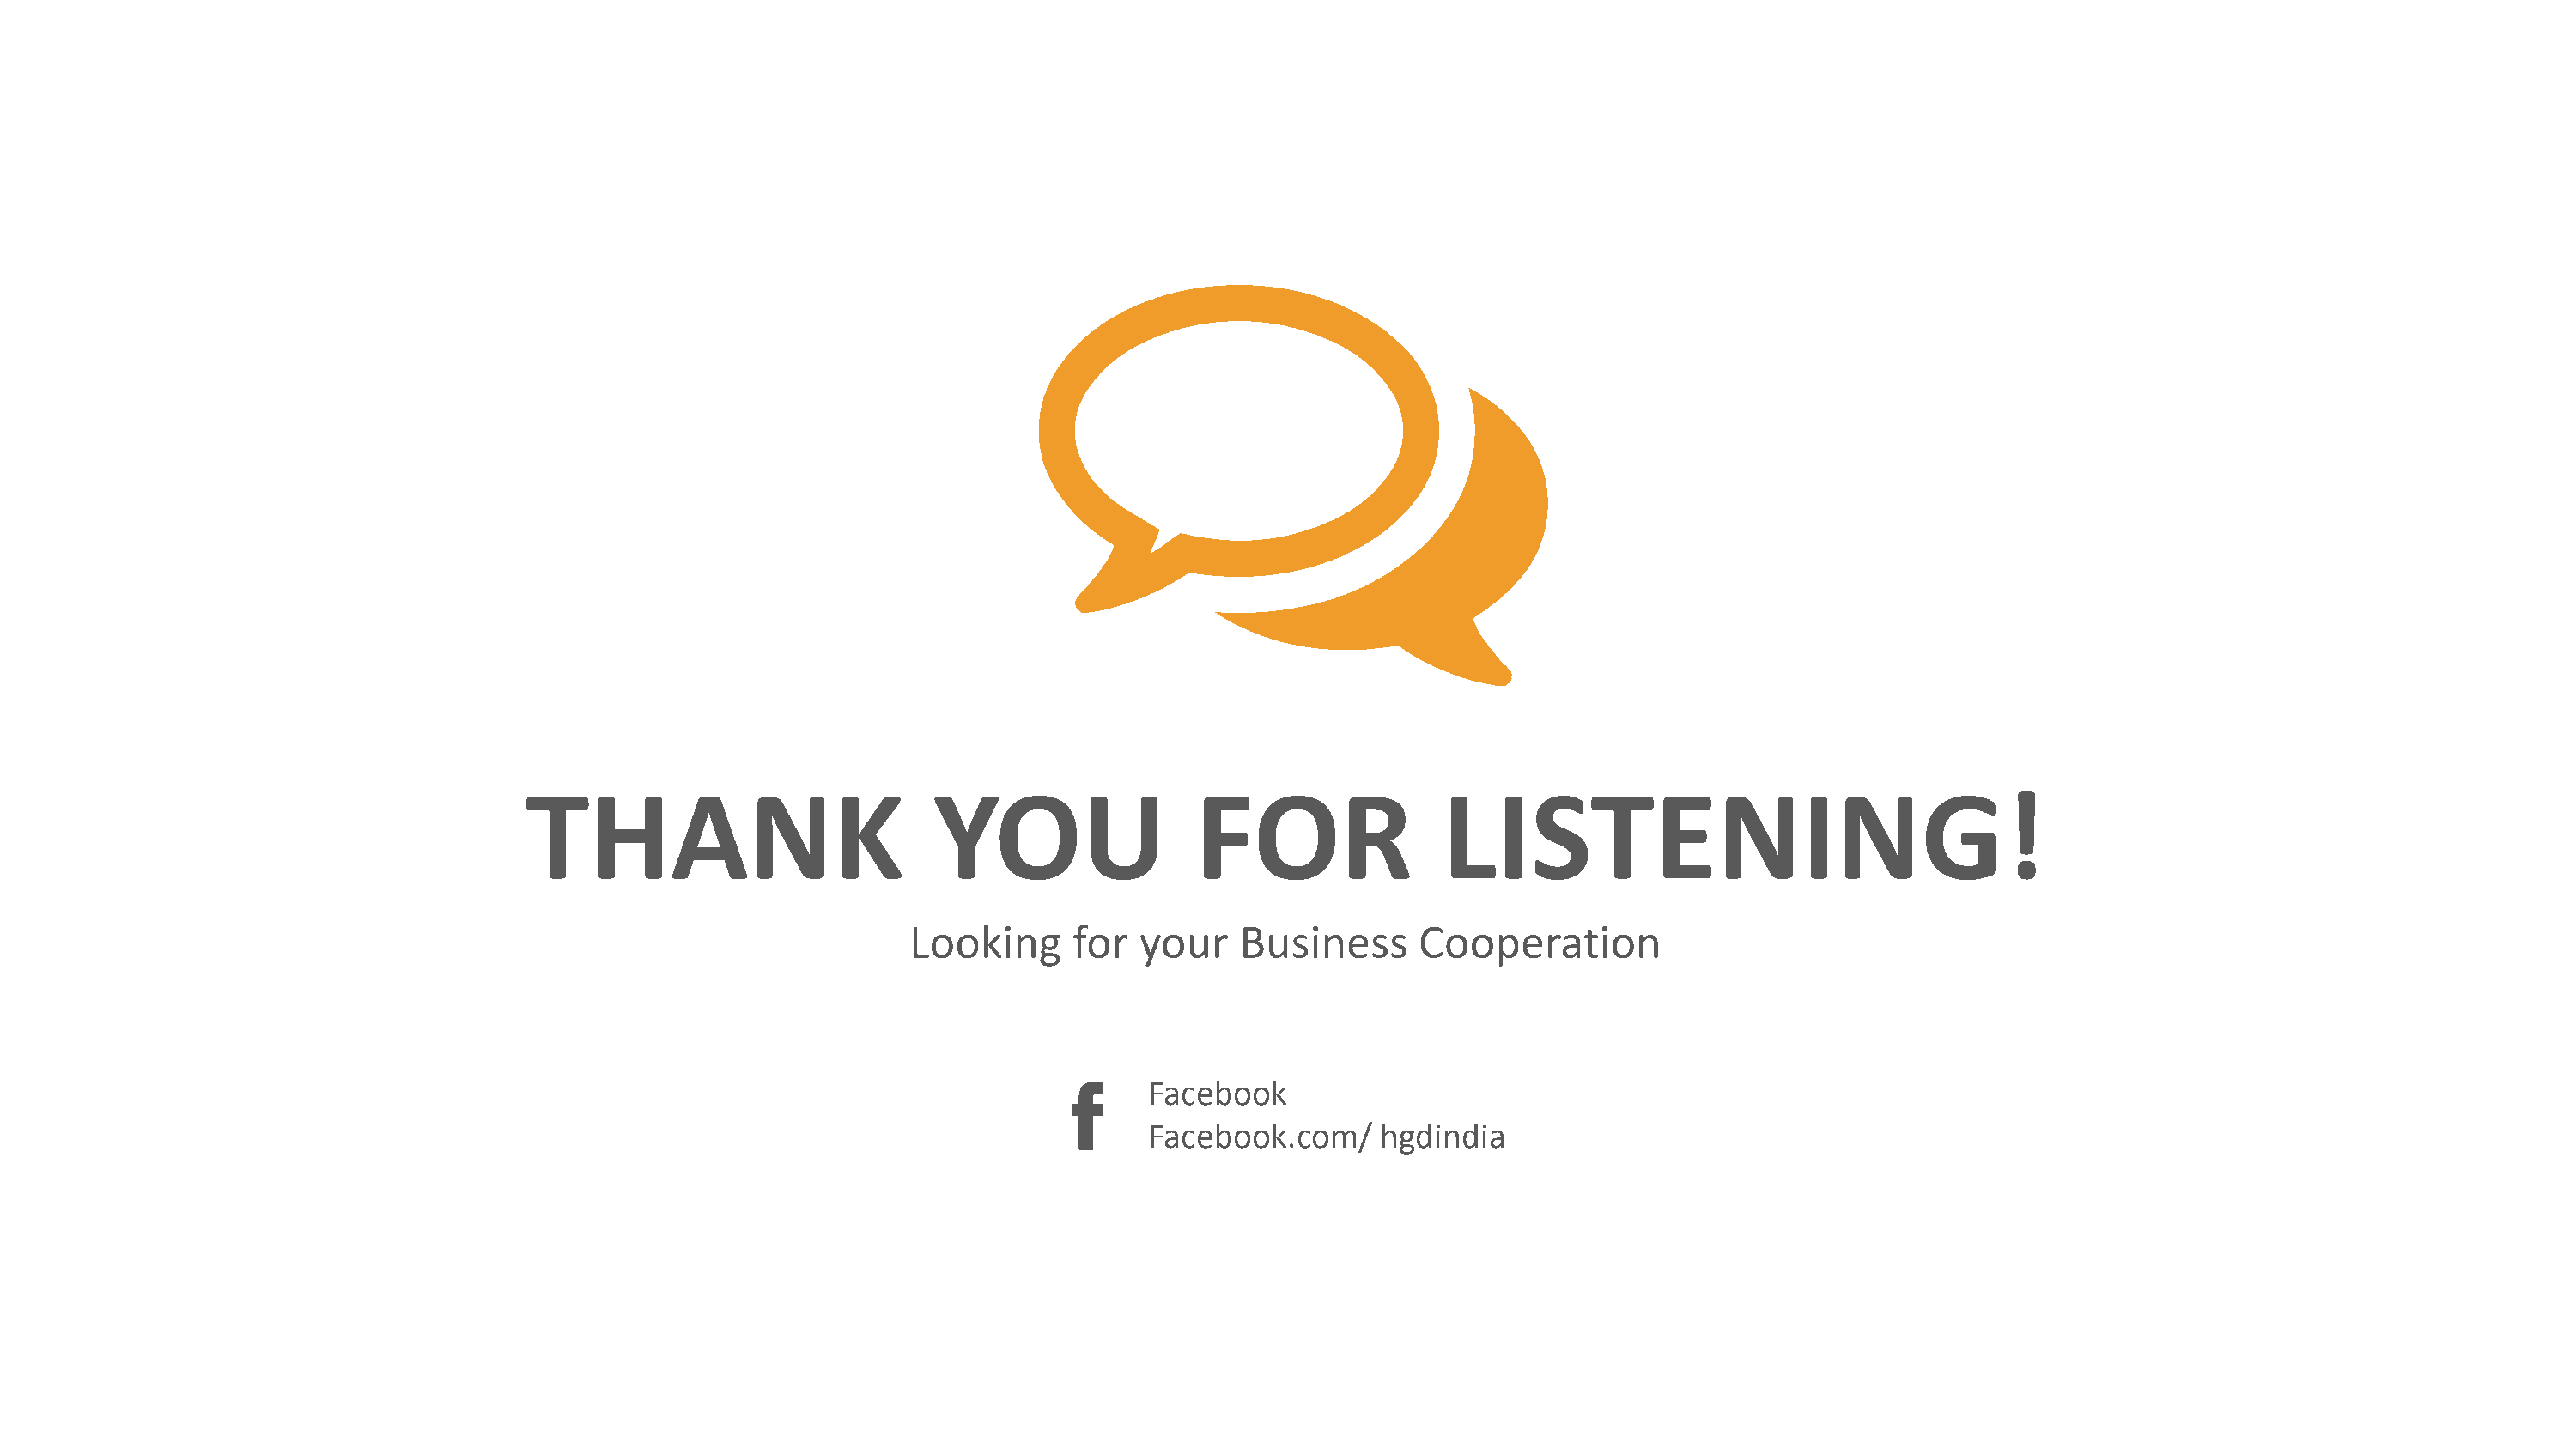
THANK                          YOU                 FOR                LISTENING!
 Looking      for  your    Business     Cooperation
 Facebook
 Facebook.com/    hgdindia
 HGD    INDIA                                                                                                                                                               27
 www.hgdindia.com